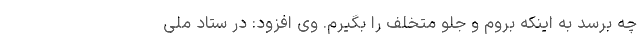
چه برسد به اینکه بروم و جلو متخلف را بگیرم. وی افزود: در ستاد ملی